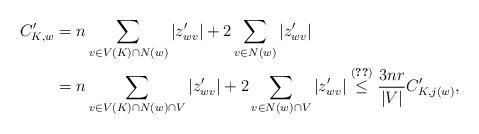
LaTeX: \begin{align*}C'_{K,w}&=n\sum_{v\in V(K)\cap N(w)}|z'_{wv}|+2\sum_{v\in N(w)}|z'_{wv}|\\&=n\sum_{v\in V(K)\cap N(w)\cap V}|z'_{wv}|+2\sum_{v\in N(w)\cap V}|z'_{wv}|\overset{\eqref{sunnight2}}{\leq} \frac{3nr}{|V|}C'_{K,j(w)},\end{align*}